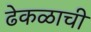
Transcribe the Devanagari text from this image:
ढेकळाची